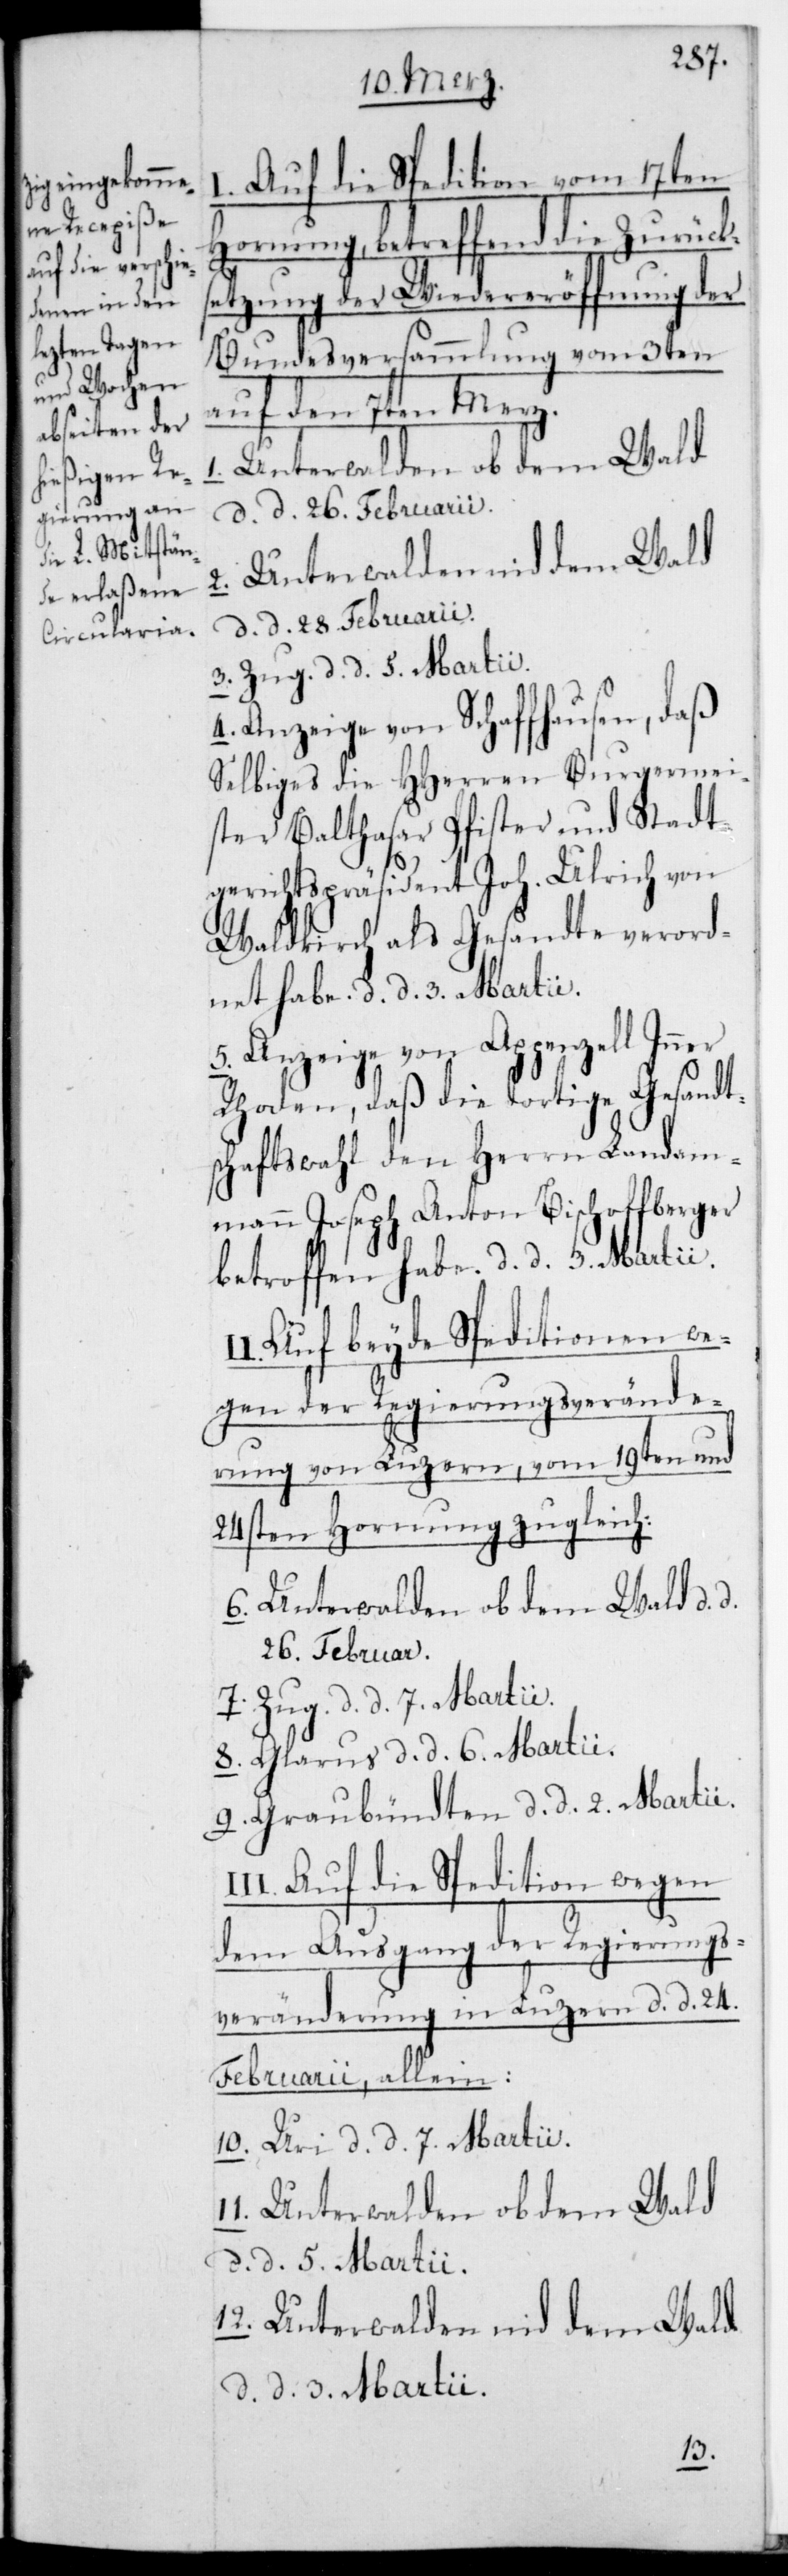
I. Auf die Spedition vom 17ten
Hornung, betreffend die Zurücks¬
etzung der Wiedereröffnung der
Bundesversammlung vom 3ten
auf den 7ten Merz.
d. d. 26. Februarii.
2. Unterwalden nid dem Wald,
d. d. 28. Februarii.
3. Zug, d. d. 5. Martii.
4. Anzeige von Schaffhausen, daß
selbiges die HHerren Burgermei¬
ster Balthasar Pfister und Stadtg¬
erichtspräsident Joh. Ulrich von
Waldkrich als Gesandte verord¬
net habe, d. d. 3. Martii.
5. Anzeige von Appenzell Inner
Rhoden, daß die dortige Gesandt¬
schaftswahl den Herrn Landam¬
mann Joseph Anton Bischoffberger
betroffen habe, d. d. 3. Martii.
Auf beyde Speditionen we¬
gen der Regierungsverände¬
rung von Luzern, vom 19ten und
24sten Hornung zugleich.
6. Unterwalden ob dem Wald, d.
26. Februar.
7. Zug, d. d. 7. Martii.
8. Glarus, d. d. 6. Martii.
9. Graubündten, d. d. 2. Martii.
Auf die Spedition wegen
dem Ausgang der Regierungs¬
veränderung in Luzern, d. d. 24.
Februarii, allein:
10. Uri, d. d. 7. Martii.
Unterwalden ob dem Wald,
d. d. 5. Martii.
12. Unterwalden nid dem Wald,
d. d. 3. Martii.